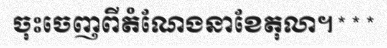
ចុះចេញពីតំណែងនាខែតុលា។***